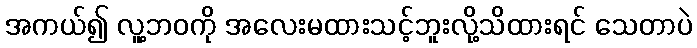
အကယ်၍ လူ့ဘဝကို အလေးမထားသင့်ဘူးလို့သိထားရင် သေတာပဲ